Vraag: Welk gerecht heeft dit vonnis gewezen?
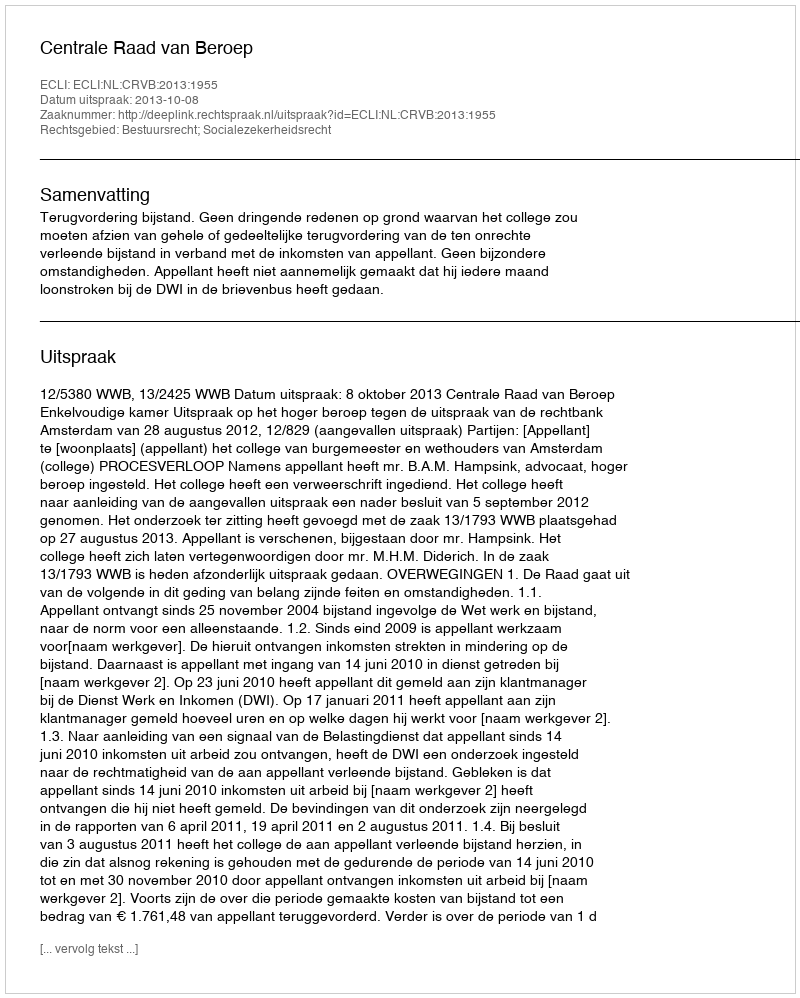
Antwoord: Centrale Raad van Beroep